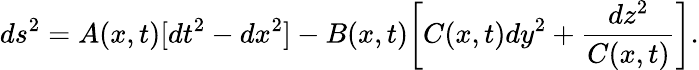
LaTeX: ds^{2}=A(x,t)[dt^{2}-dx^{2}]-B(x,t)\biggl[C(x,t)dy^{2}+\frac{dz^{2}}{C(x,t)}\biggr].